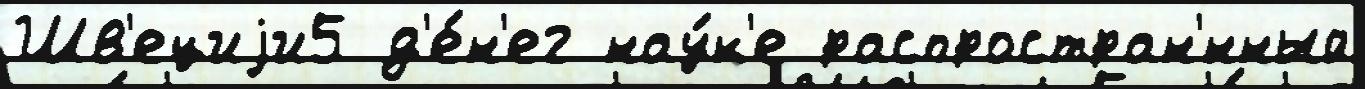
Шв'ециjи5 д'е́н'ег нау́к'е распростран'́нный